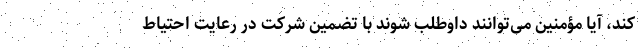
کند، آیا مؤمنین می‌توانند داوطلب شوند با تضمین شرکت در رعایت احتیاط